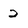
Character: 2